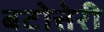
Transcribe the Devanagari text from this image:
बटोत्तेरी